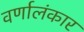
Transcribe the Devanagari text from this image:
वर्णालंकार